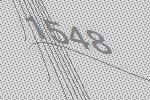
1548